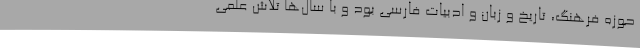
حوزه فرهنگ، تاریخ و زبان و ادبیات فارسی بود و با سال‌ها تلاش علمی